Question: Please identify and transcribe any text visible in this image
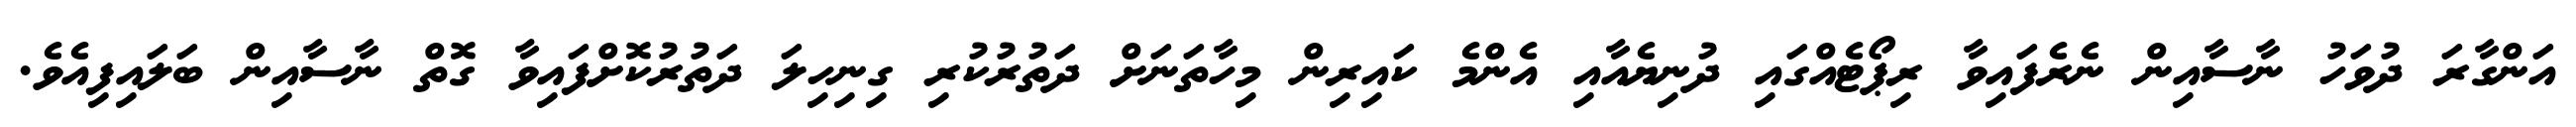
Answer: އަންގާރަ ދުވަހު ނާސާއިން ނެރެފައިވާ ރިޕޯޓެއްގައި ދުނިޔެއާއި އެންމެ ކައިރިން މިހާތަނަށް ދަތުރުކުރި ގިނިހިލަ ދަތުރުކޮށްފައިވާ ގޮތް ނާސާއިން ބަލައިފިއެވެ.